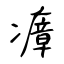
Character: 瘴